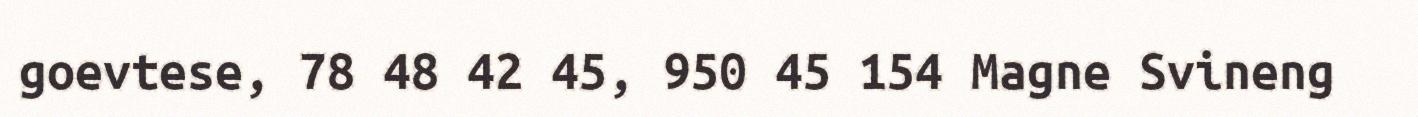
goevtese, 78 48 42 45, 950 45 154 Magne Svineng